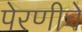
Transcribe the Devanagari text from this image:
पेरणीचे